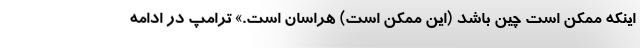
اینکه ممکن است چین باشد (این ممکن است) هراسان است.» ترامپ در ادامه